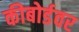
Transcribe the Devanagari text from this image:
कीबोर्डवर